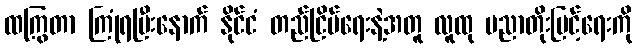
ထကြွတာ ကြုံရပြီးနောက် နိုင်ငံ တည်ငြိမ်ရေးနဲ့အတူ လူထု ပညာတိုးမြင့်ရေးကို